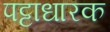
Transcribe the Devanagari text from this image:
पट्टाधारक